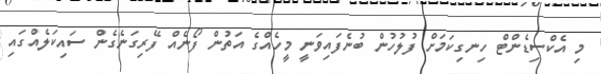
މި އެކްސިޑެންޓް ހިނގިކަމަށް ފުލުހުން ބުނެފައިވަނީ މީހެއްގެ އަތުން ފޯނެއް ފޭރިގަނެގެން ސައިކަލެއްގައި